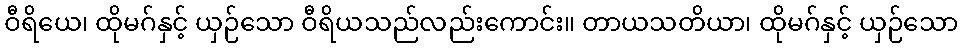
ဝီရိယေ၊ ထိုမဂ်နှင့် ယှဉ်သော ဝီရိယသည်လည်းကောင်း။ တာယသတိယာ၊ ထိုမဂ်နှင့် ယှဉ်သော